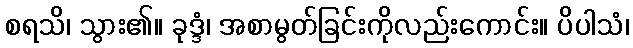
စရသိ၊ သွား၏။ ခုဒ္ဒံ၊ အစာမွတ်ခြင်းကိုလည်းကောင်း။ ပိပါသံ၊